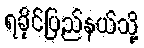
ရခိုင်ပြည်နယ်သို့